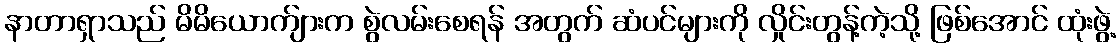
နာတာရှာသည် မိမိယောက်ျားက စွဲလမ်းစေရန် အတွက် ဆံပင်များကို လှိုင်းတွန့်ကဲ့သို့ ဖြစ်အောင် ထုံးဖွဲ့